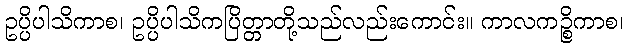
ဥပ္ပိပါသိကာစ၊ ဥပ္ပိပါသိကပြိတ္တာတို့သည်လည်းကောင်း။ ကာလကဉ္စိကာစ၊